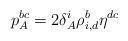
LaTeX: \begin{align*} p^{bc}_A = 2\delta^i_A \rho_{i,d}^b\eta^{dc} \end{align*}